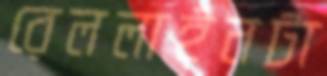
রেললাইনটা